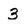
Character: 3